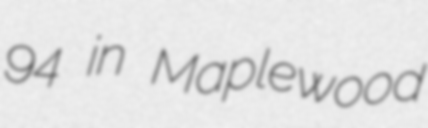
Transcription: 94 in Maplewood